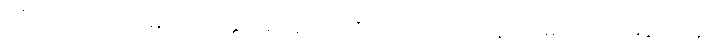
ကြုံတိုင်းလုပ်, အမြဲလုပ်လို့ နှိုးဆော်နေသလိုပါပဲဘုရား၊ ယနေ့သေမည်လား, မနက်ဖန်